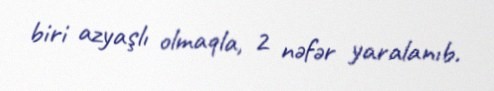
biri azyaşlı olmaqla, 2 nəfər yaralanıb.